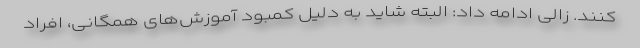
کنند. زالی ادامه داد: البته شاید به دلیل کمبود آموزش‌های همگانی، افراد